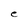
Character: e